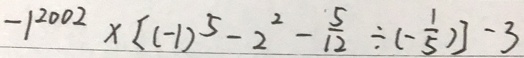
- 1 ^ { 2 0 0 2 } \times [ ( - 1 ) ^ { 5 } - 2 ^ { 2 } - \frac { 5 } { 1 2 } \div ( - \frac { 1 } { 5 } ) ] - 3